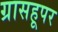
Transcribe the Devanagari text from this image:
ग्रासहूपर